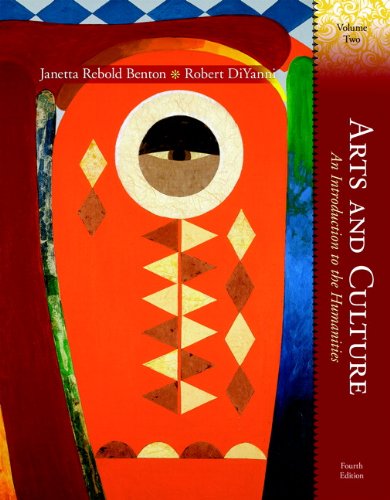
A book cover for Arts and Culture: An Introduction to the Humanities, Volume II (4th Edition); Janetta Rebold Benton; Arts & Photography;